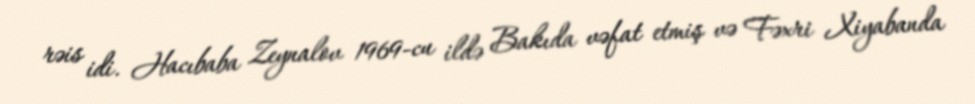
rəis idi. Hacıbaba Zeynalov 1969-cu ildə Bakıda vəfat etmiş və Fəxri Xiyabanda